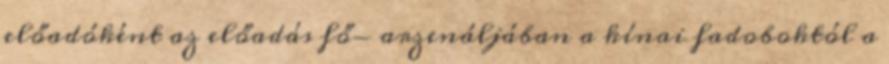
előadóként az előadás fő- arzenáljában a kínai fadoboktól a